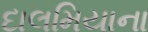
દાલમિયાના